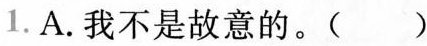
A.我不是故意的。()